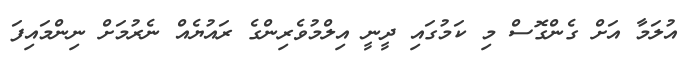
އުލަމާ އަށް ގެންގޮސް މި ކަމުގައި ދީނީ އިލްމުވެރިންގެ ރައުޔެއް ނެރުމަށް ނިންމައިފަ